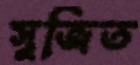
সুজিত